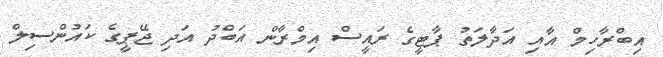
އިބްރާހިމް އާއި އަދާލަތު ޕާޓީގެ ރައީސް އިމްރާން އަބްދު އަދި ޖޭޕީގެ ކައުންސިލް